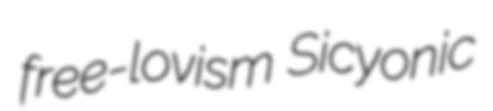
free-lovism Sicyonic